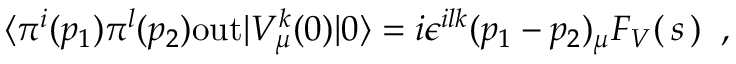
\langle \pi ^ { i } ( p _ { 1 } ) \pi ^ { l } ( p _ { 2 } ) \mathrm { o u t } | V _ { \mu } ^ { k } ( 0 ) | 0 \rangle = i \epsilon ^ { i l k } ( p _ { 1 } - p _ { 2 } ) _ { \mu } F _ { V } ( \, s \, ) \; \; ,